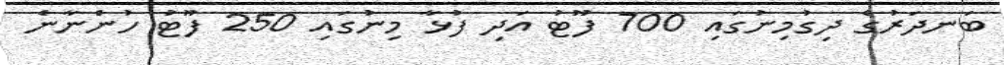
ބަނދަރުގެ ދިގުމިނުގައި 700 ފޫޓު އަދި ފުޅާ މިނުގައި 250 ފޫޓު ހުންނާނެ